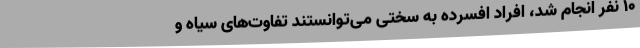
10 نفر انجام شد، افراد افسرده به سختی می‌توانستند تفاوت‌های سیاه و